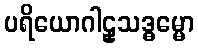
ပရိယောဂါဠှသဒ္ဓမ္မော